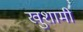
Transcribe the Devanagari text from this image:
खुशामी